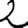
Digit: 2